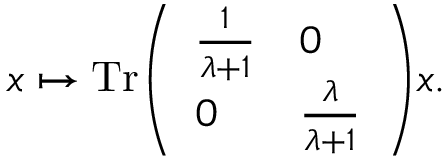
x \mapsto \mathrm { { T r } } { \left( \begin{array} { l l } { { \frac { 1 } { \lambda + 1 } } } & { 0 } \\ { 0 } & { { \frac { \lambda } { \lambda + 1 } } } \end{array} \right) } x .